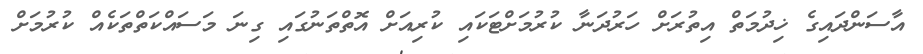
އާސަންދައިގެ ޚިދުމަތް އިތުރަށް ހަރުދަނާ ކުރުމަށްޓަކައި ކުރިއަށް އޮތްތަނުގައި ގިނަ މަސައްކަތްތަކެއް ކުރުމަށް